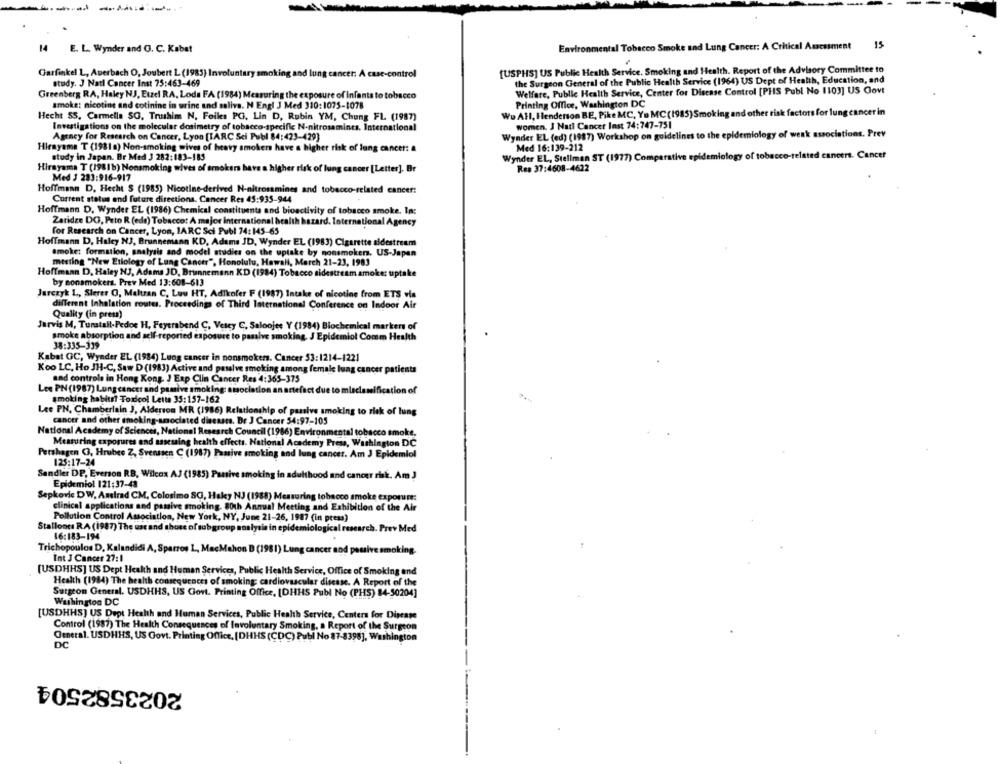
Environmental Tobacco Smoke and Lung Cancer: A Critical Assessment
15
14 E. L. Wynder and G. C. Kabat
[USPHS] US Public Health Service. Smoking and Health. Report of the Advisory Committee to
Garfinkel L, Auerbach O, Joubert L (1985) Invo
smoking and lung cancer: A case-control
study. J Natl Cancer Inst 75:463-469
the Surgeon General of the Public Health Service (1964) US Dept of Health, Education, and
Welfare, Public Health Service, Center for Disease Control [PHIS Publ No 1103] US Govt
Greenberg RA, Haley NJ, Etzel RA, Lods FA (1984) Measuring the exposure of infants to tobacco
smoke: nicotine and cotinine in urine and saliva. N Engl J Med 310:1075-1078
Printing Office, Washington DC
Wu All, Henderson BE, Pike MC, Yo MC(1985) Smoking and other risk factors for lung cancer in
Hecht SS. Carmella SO, Truushim N. Foiles PG, Lin D, Rubin YM, Chung FL (1987)
Investigations on the molecular dosimetry of tobacco-specific N-nitrosamines. International
women. J Natl Cancer Inst 74:747-751
Agency for Research on Cancer, Lyon [TARC Sci Publ 84:423-429]
Wynder EL (ed) (1987) Workshop on guidelines to the epidemiology of weak associations. Prev
Hirayama T (1981a) Non-smoking wives of heavy smokers have a higher risk of lung cancer: a
Med 16:139-212
study in Japan. Br Med 3 282:183-185
Wynder EL, Stellman ST (1977) Comparative
miology of tobacco-related cancert. Cancer
Hirayama T (1981b) Nonsmoking wives of Brokers have a higher risk of lung cancer [Letter]. Br
Res 37:4608-4622
Med J 283:916-917
Hoffmann D. Hecht S (1985) Nicotine-derived N-nitrosamines and tobacco-related cancer:
Current status and future directions. Cancer Res 45:935-944
Hoffmann D. Wynder EL (1986) Chemical constituents and bioactivity of tobacco smoke, In:
Zaridze DO, Peto R (eds) Tobacco: A major international health hazard. International Agency
for Research on Cancer, Lyon, 1ARC Sci Publ 74: 145-65
Hoffmann D. Haley N3, Brunnemann KD, Adams JD, Wynder EL (1983) Cigarette aldestream
smoke: formation, analysis and model studies on the uptake by nonsmokers. US-Japan
meeting "New Etiology of Lung Cancer", Honolulu, Hawali, March 21-23, 1983
Hoffmann D. Haley NJ, Adams JD, Brunnemann KD (1984) Tobacco sidestream smoke: uptake
by nonsmokers. Prev Med 13:608-613
Jurczyk L, Slerer O, Maltan C, Luu HT, Adikofer F (1987) Intake of nicotine from ETS via
different Inhalation routes, Proceedings of Third International Conference on Indoor Air
Quality (in press)
Jarvis M, Tunstall-Pedos H, Feyerabend C. Vesey C, Saloojee Y (1984) Biochemical markers of
smoke absorption and self-reported exposure to passive smoking. J Epidemiol Comm Health
38:335-339
Kabat GC, Wynder EL (1984) Lung cancer in nonsmokers. Cancer 53:1214-1221
Koo LC, Ho JH-C, Saw D (1983) Active and pasalve smoking among female lung cancer patients
and controle in Hong Kong. J Exp Clin Cancer Res 4:365-375
Lee PN (1987) Lung cancer and passive smoking: association an artefact due to miaclassification of
smoking habiti Toxicol Letta 35:157-162
Lee PN, Chamberlain J, Alderson MR (1986) Relationship of passive smoking to risk of lung
cancer and other smoking-amociated diseases. Br J Cancer 54:97-105
National Academy of Sciences, National Research Council (1986) Environmental tobacco smoke.
Measuring exporures and assessing health effects. National Academy Press, Washington DC
Pershagen (3, Hrubec Z, Svensen C (1987) Passive smoking and lung cancer. Am J Epidemiol
125:17-24
Sandler DP, Everson RB, Wilcox AJ (1985) Panive smoking in adulthood and cancer risk. Am J
Epidemiol 121:37-43
Sepkovic DW, Amirad CM, Colosimo SO, Haky NJ (1988) Measuring tobacco smoke exporure:
clinical applications and passive smoking. 80th Annual Meeting and Exhibition of the Air
Pollution Control Association, New York, NY, June 21-26, 1987 (in press)
Stallones RA (1987) The use and shure of subgroup analysis in epidemiological research. Prev Med
16:183-194
Trichopoulos D. Kalandidi A, Sparrow L, MacMahon B (1981) Lung cancer and passive smoking.
Int J Cancer 27: 1
[USDHHS] US Dept Health and Human Services, Public Health Service, Office of Smoking and
Health (1984) The health consequences of smoking: cardiovascular disease. A Report of the
Surgeon General. USDHHS, US Govt. Printing Office, [DHHS Publ No (PHS) 84-50204]
Washington DC
[USDHHS] US Dept Health and Human Services, Public Health Service, Centers for Disease
Control (1987) The Health Consequences of Involuntary Smoking, a Report of the Surgeon
General. USDHHS, US Govt. Printing Office, [DHHS (CDC) Publ No 87-8398], Washington
DC
2023582504